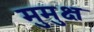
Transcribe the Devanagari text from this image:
मुुमुक्ष